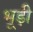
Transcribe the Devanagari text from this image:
भूड़ी